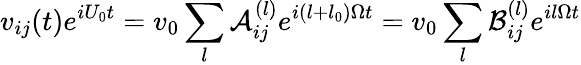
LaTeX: v_{ij}(t)e^{iU_{0}t}=v_{0}\sum_{l}\mathcal{A}_{ij}^{(l)}e^{i(l+l_{0})\Omega t}=v_{0}\sum_{l}\mathcal{B}_{ij}^{(l)}e^{il\Omega t}